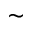
\sim